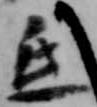
氐